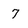
Character: 7